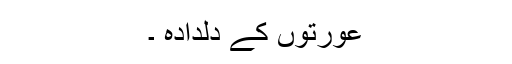
عورتوں کے دلدادہ ۔